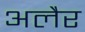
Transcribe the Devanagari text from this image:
अलैर